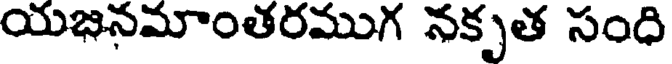
యజనమాంతరముగ నకృత సంధి